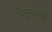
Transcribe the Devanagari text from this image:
विंचूरकरांनीं